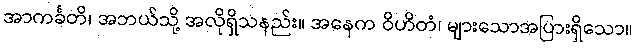
အာကင်္ခတိ၊ အဘယ်သို့ အလိုရှိသနည်း။ အနေက ဝိဟိတံ၊ များသောအပြားရှိသော။